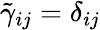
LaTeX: \tilde{\gamma}_{ij}=\delta_{ij}